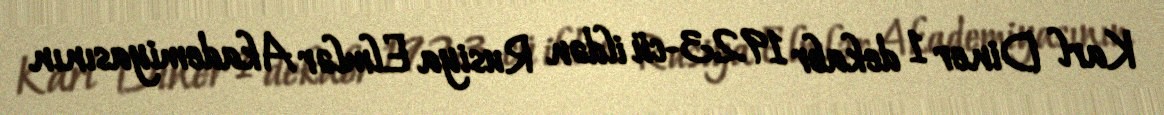
Karl Diner 1 dekabr 1923-cü ildən Rusiya Elmlər Akademiyasının